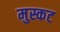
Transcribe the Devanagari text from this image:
मुस्कट